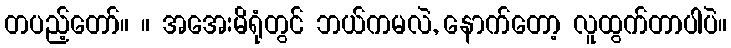
တပည့်တော်။ ။ အအေးမိရုံတွင် ဘယ်ကမလဲ, နောက်တော့ လူထွက်တာပါပဲ။